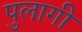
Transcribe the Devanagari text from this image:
पुलागी